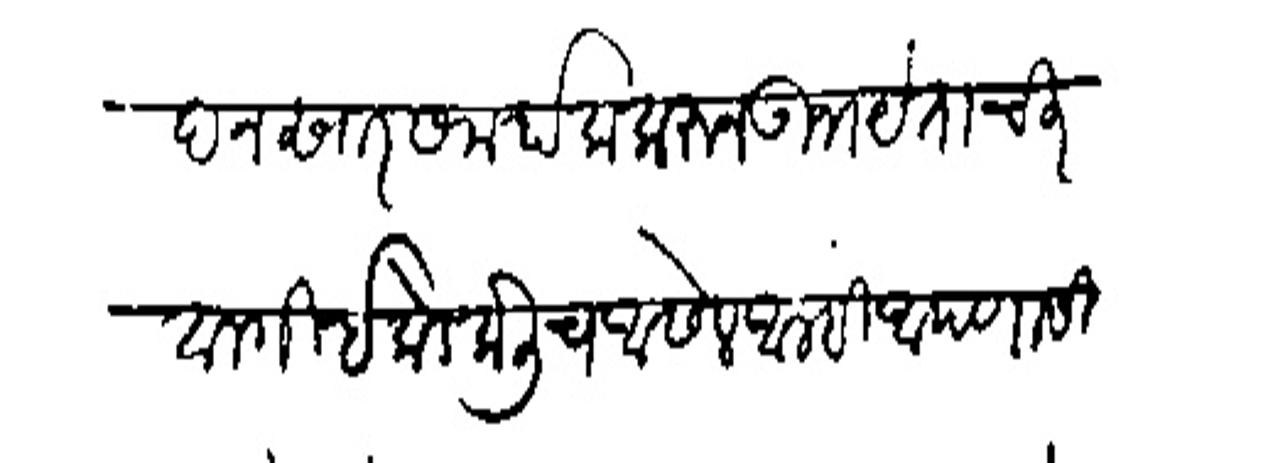
Transliteration (Devanagari): तदानसार समर्पक करन उभयेताची बानगी इकडे केलीच आसेल आम्ही आपणा सिवाये